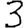
Digit: 3